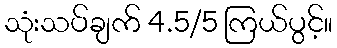
သုံးသပ်ချက် 4.5/5 ကြယ်ပွင့်။